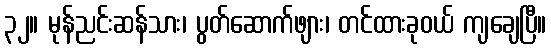
၃၂။ မုန်ညင်းဆန်သား၊ ပွတ်ဆောက်ဖျား၊ တင်ထားခုဝယ် ကျချေပြီ။